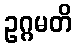
ဥဂ္ဂမတိ